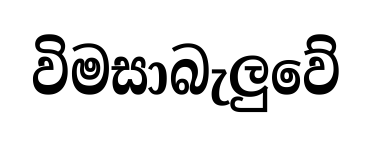
විමසාබැලුවේ